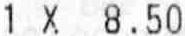
1 X 8.50